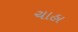
ચાહા